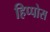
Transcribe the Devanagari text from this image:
हिप्पोस